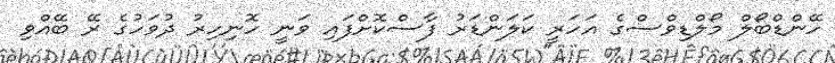
ހޭންޑްބޯލް މޯލްޑިވްސްގެ އަހަރީ ކަލަންޑަރު ފާސްކޮށްފައި ވަނީ ހޮނިހިރު ދުވަހުގެ ރޭ ބޭއްވި